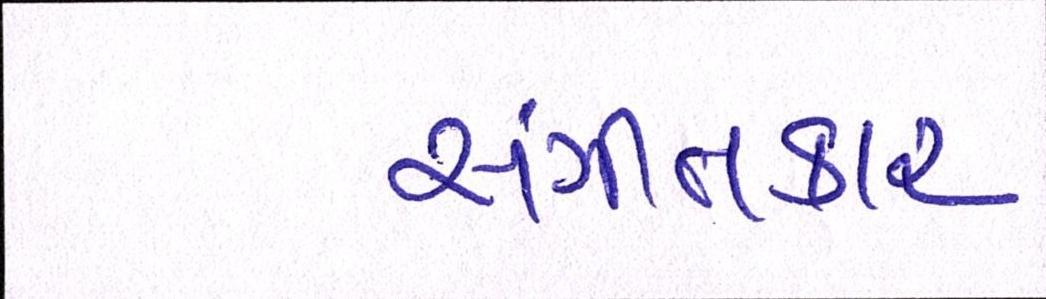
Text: સંગીતકાર